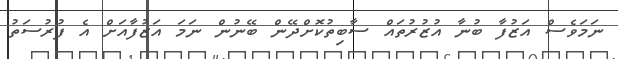
ނަމަވެސް އަޒުފާ ބުނާ އުޒުރުތައް ސާބިތުކޮށްދޭން ބޭނުން ނަމަ އަޒުފާއަށް އެ ފުރުސަތު